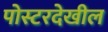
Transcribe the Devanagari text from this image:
पोस्टरदेखील